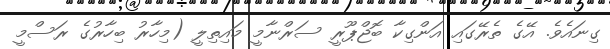
ގިނައެވެ. އޭގެ ތެރޭގައި އަންގިކާ ބޮޖްޕޫރީ ސަރްނާމީ މައިތިލީ (މިހާރު ބިހާރުގެ ރަސްމީ